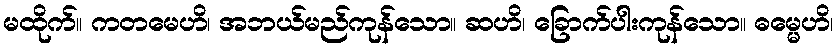
မထိုက်။ ကတမေဟိ၊ အဘယ်မည်ကုန်သော။ ဆဟိ၊ ခြောက်ပါးကုန်သော။ ဓမ္မေဟိ၊